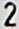
2